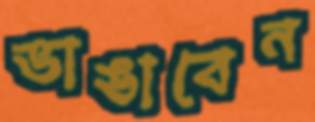
ভাঙাবেন